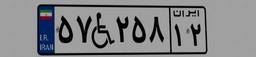
۵۷W۲۵۸۱۲